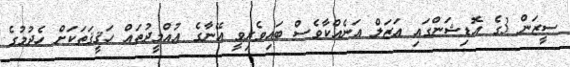
ސީޒަން 3ގެ އޮޑިޝަންގައި އަޒަލް އަނެއްކާވެސް ބައިވެރިވީ އޭނާގެ އުއްމީދުތައް ހަޤީޤަތަކަށް ހެދުމުގެ